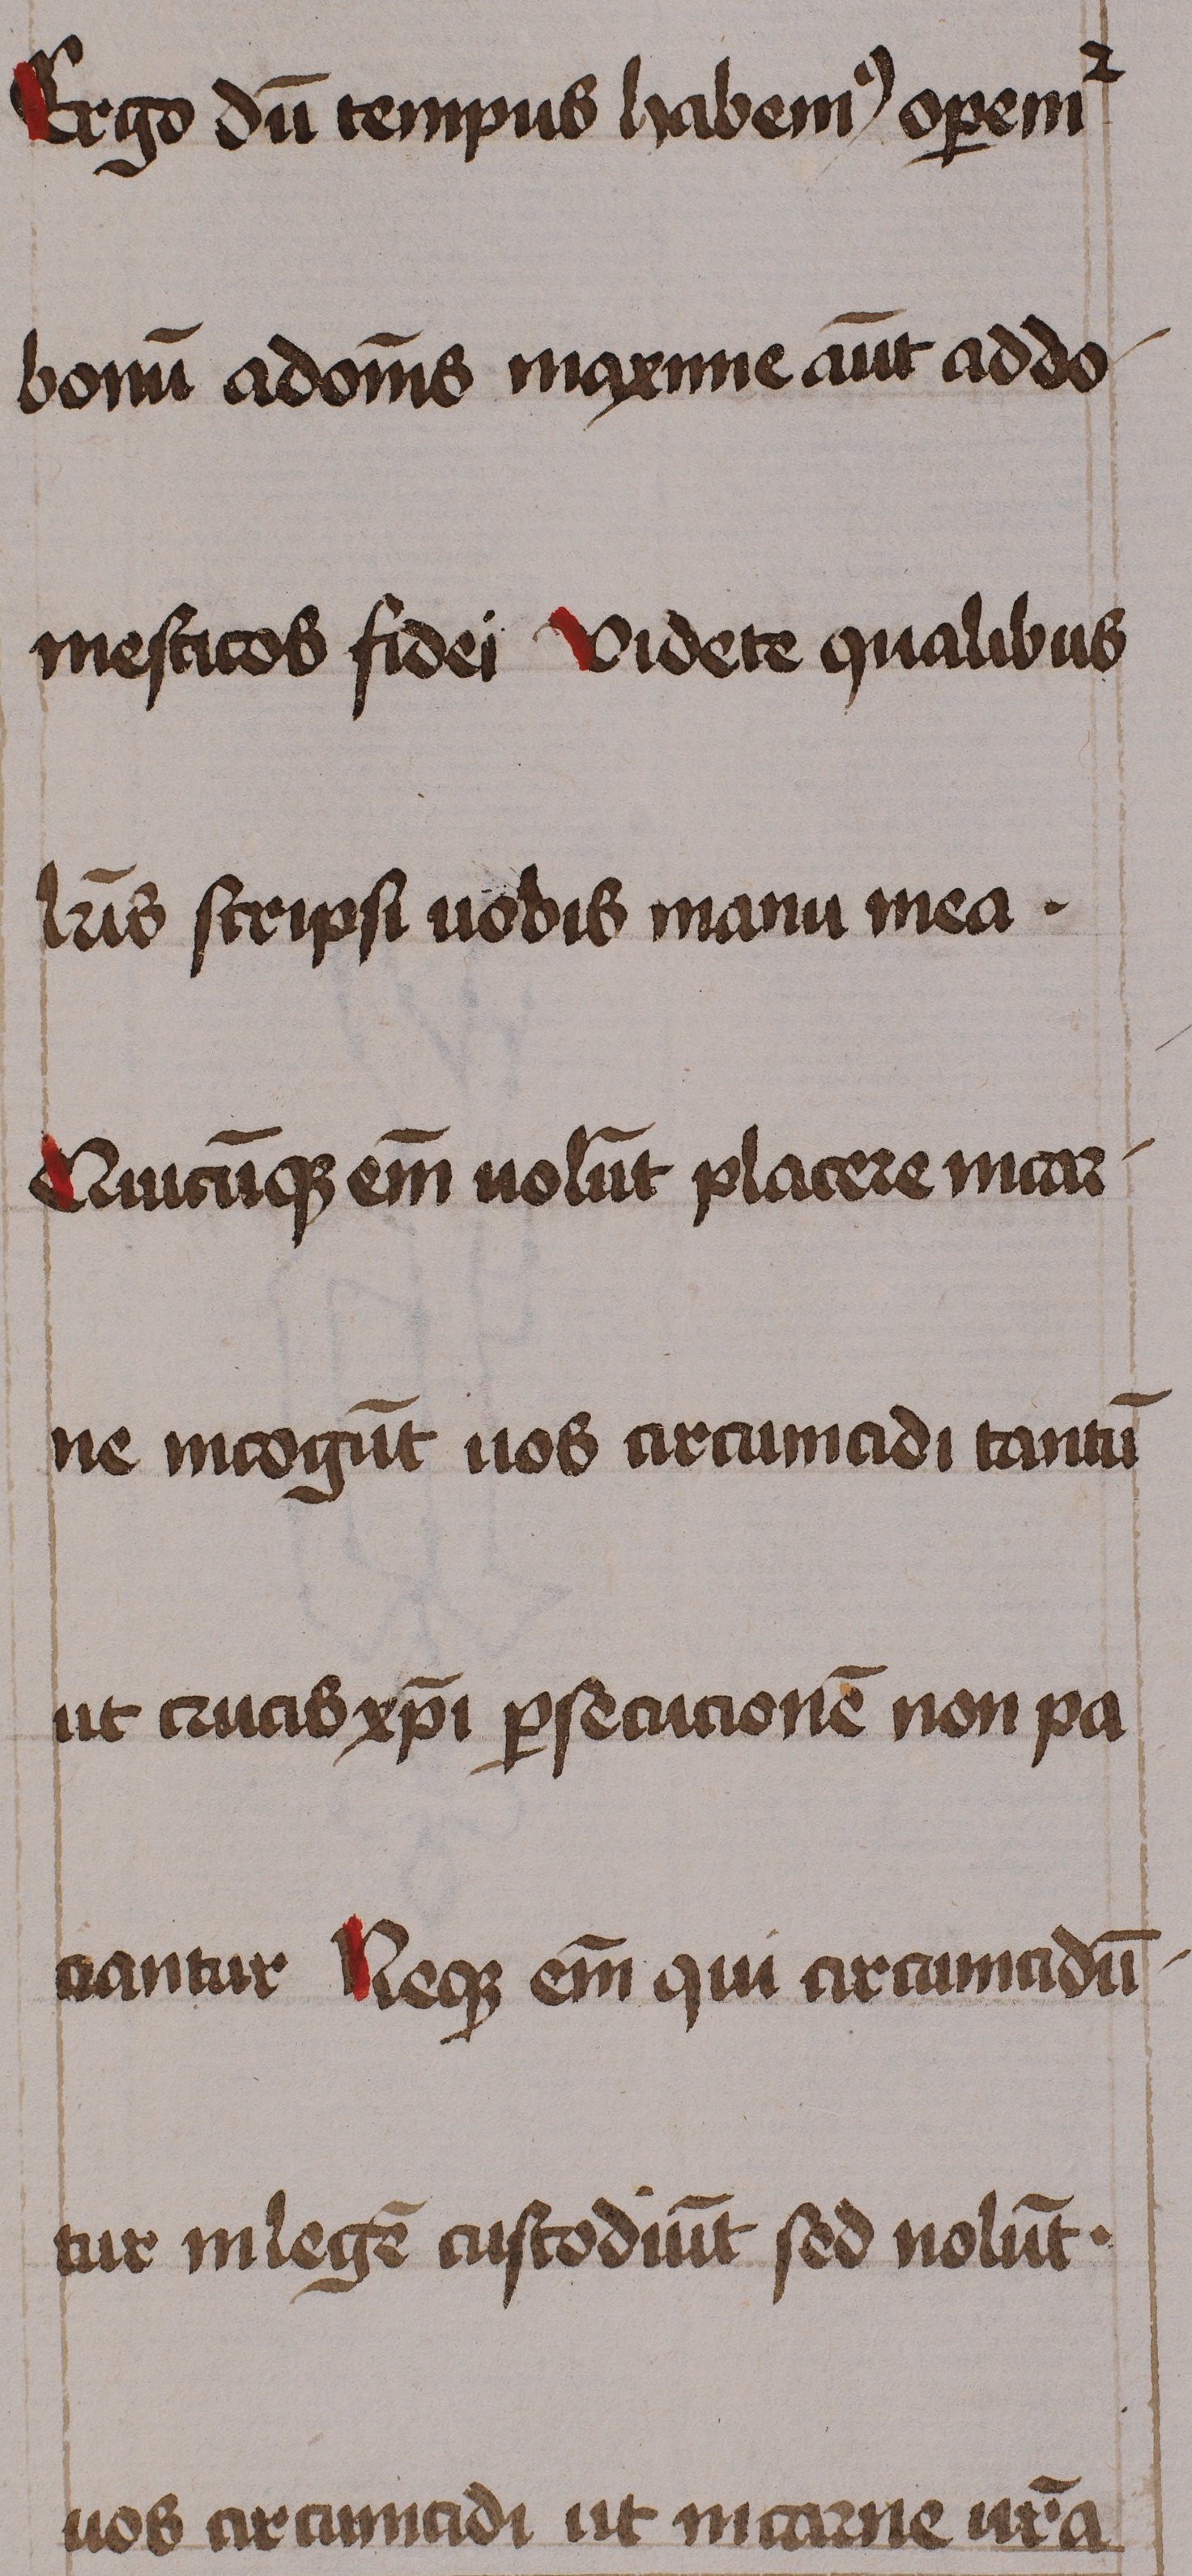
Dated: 1460–1460